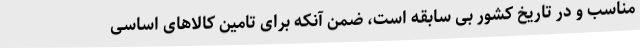
مناسب و در تاریخ کشور بی سابقه است، ضمن آنکه برای تامین کالاهای اساسی